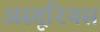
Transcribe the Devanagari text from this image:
अस्तूरियस